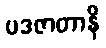
ပဒဇာတာနိ